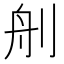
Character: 𦨉